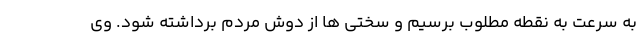
به سرعت به نقطه مطلوب برسیم و سختی ها از دوش مردم برداشته شود. وی